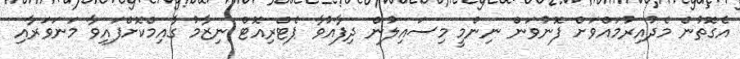
އެގޮތުން މެދުއިރުމައްވަށް ފޮނުވަން ނިންމީ މިސައިލުން ދިފާއުވާ ޕެޓްރިއޮޓް ނިޒާމު ގާއިމްކޮށްފައިވާ މަނަވަރާއި